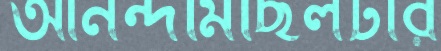
আনন্দমিছিলটার